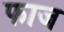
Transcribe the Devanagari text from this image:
फाज